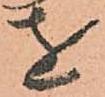
を